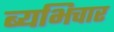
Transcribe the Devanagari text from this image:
ब्यभिचार